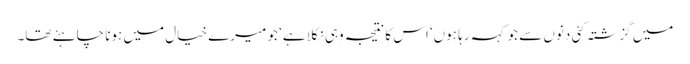
میں گزشتہ کئی دنوں سے جو کہہ رہا ہوں‘ اس کا نتیجہ وہی نکلا ہے‘ جو میرے خیال میں ہونا چاہئے تھا۔